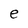
Character: e